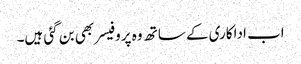
اب اداکاری کے ساتھ وہ پروفیسر بھی بن گئی ہیں۔